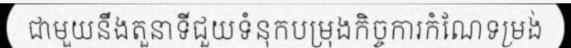
ជាមួយនឹងតួនាទីជួយទំនុកបម្រុងកិច្ចការកំណែទម្រង់